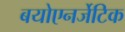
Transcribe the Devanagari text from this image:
बयोएनर्जेटिक